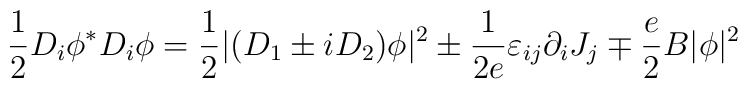
\frac 12D_i\phi ^{*}D_i\phi =\frac 12|(D_1\pm iD_2)\phi |^2\pm \frac1{2e}\varepsilon _{ij}\partial _iJ_j\mp \frac e2B|\phi |^2